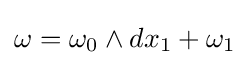
\omega =\omega _{0}\wedge dx_{1}+\omega _{1}